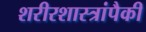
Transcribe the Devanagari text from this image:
शरीरशास्त्रांपैकी